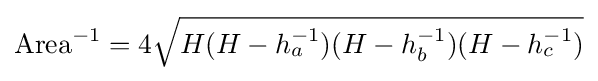
\mathrm {Area} ^{-1}=4{\sqrt {H(H-h_{a}^{-1})(H-h_{b}^{-1})(H-h_{c}^{-1})}}